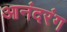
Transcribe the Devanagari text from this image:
आनंदरंग